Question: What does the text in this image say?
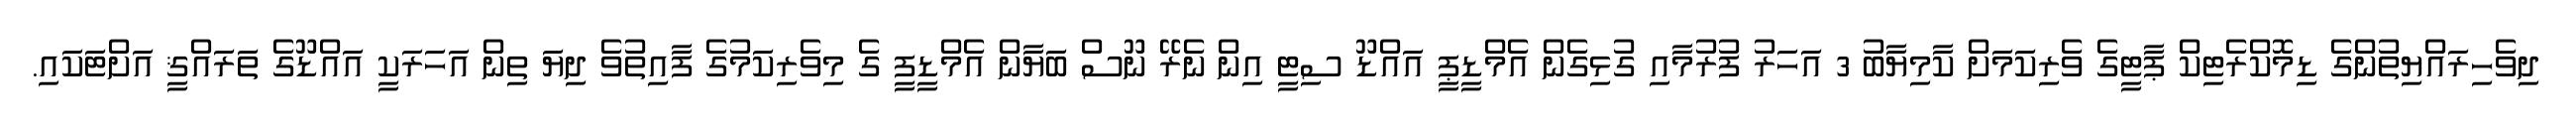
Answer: ދިވެހިރައްޔިތުންގެ ޑިމޮކްރެޓިކް ޕާޓީގެ ވެރިކަމަށް ކާމިޔާބު 3 އަހަރު ފުރުމާއި ގުޅިގެން އެމްޑީޕީ އައްޑޫ ސިޓީ އިން ނެރޭ ނޫސް ބަޔާން އެމްޑީފީ ގެ މިވެރިކަމުގެ ފާއިތުވެ ދިޔަ ތިން އަހަރަކީ އައްޑޫގެ ތަރައްޤީ އަށްޓަކައި.